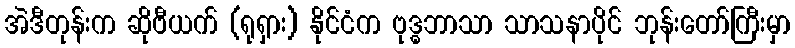
အဲဒီတုန်းက ဆိုဗီယက် (ရုရှား) နိုင်ငံက ဗုဒ္ဓဘာသာ သာသနာပိုင် ဘုန်းတော်ကြီးမှာ